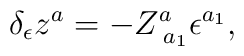
\delta _\epsilon z^a=-Z_{\;a_1}^a\epsilon ^{a_1},